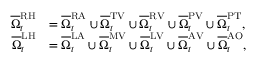
\begin{array} { r l } { { \overline { { \Omega } } _ { t } ^ { \mathrm { R H } } } } & { { = \overline { { \Omega } } _ { t } ^ { \mathrm { R A } } \cup \overline { { \Omega } } _ { t } ^ { \mathrm { T V } } \cup \overline { { \Omega } } _ { t } ^ { \mathrm { R V } } \cup \overline { { \Omega } } _ { t } ^ { \mathrm { P V } } \cup \overline { { \Omega } } _ { t } ^ { \mathrm { P T } } , } } \\ { { \overline { { \Omega } } _ { t } ^ { \mathrm { L H } } } } & { { = \overline { { \Omega } } _ { t } ^ { \mathrm { L A } } \cup \overline { { \Omega } } _ { t } ^ { \mathrm { M V } } \cup \overline { { \Omega } } _ { t } ^ { \mathrm { L V } } \cup \overline { { \Omega } } _ { t } ^ { \mathrm { A V } } \cup \overline { { \Omega } } _ { t } ^ { \mathrm { A O } } } , } \end{array}